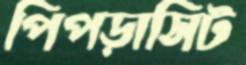
পিপড়াসিট